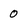
Character: 0